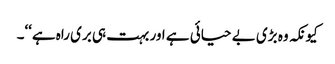
کیونکہ وہ بڑی بے حیائی ہے اور بہت ہی بری راہ ہے‘‘۔